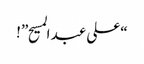
“علی عبد المسیح”!